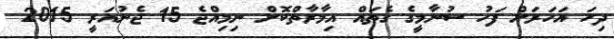
ދިހަ އަހަރަށް ފަހު ސުނާމީގެ ގެތައް އިމާރާތްކޮށް ނިމިއްޖެ 15 ޖެނުއަރީ 2015